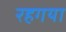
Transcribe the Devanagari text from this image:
रहगया